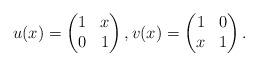
LaTeX: \begin{align*}u(x)=\begin{pmatrix} 1&x\\ 0&1\end{pmatrix},v(x)=\begin{pmatrix} 1&0\\ x&1\end{pmatrix}.\end{align*}